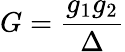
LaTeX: G=\frac{g_{1}g_{2}}{\Delta}